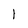
Character: 1